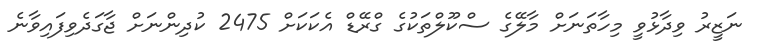
ނަޒީރު ވިދާޅުވީ މިހާތަނަށް މާލޭގެ ސްކޫލްތަކުގެ ގްރޭޑް އެކަކަށް 2475 ކުދިންނަށް ޖާގަދެވިފައިވާނެ